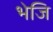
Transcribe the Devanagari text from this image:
भेजि